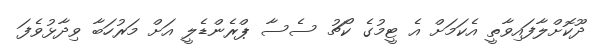
ދޫކޮށްލާފައިވާތީ އެކަމަށް އެ ޓީމުގެ ކޯޗު ސެސާ ޕްރެންޑެލީ އަށް މަރުހަބާ ވިދާޅުވެފަ